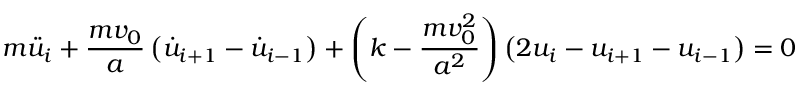
m \ddot { u } _ { i } + \frac { m v _ { 0 } } { a } \left( \dot { u } _ { i + 1 } - \dot { u } _ { i - 1 } \right) + \left( k - \frac { m v _ { 0 } ^ { 2 } } { { a ^ { 2 } } } \right) \left( 2 u _ { i } - { u } _ { i + 1 } - u _ { i - 1 } \right) = 0